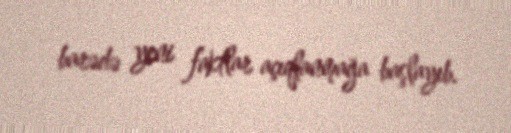
barədə yeni faktlar açıqlanmağa başlayıb.